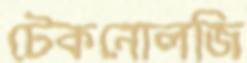
টেকনোলজি